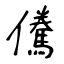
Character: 儯